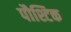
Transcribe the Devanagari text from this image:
पौश्टिक